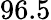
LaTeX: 96.5